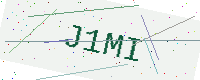
Text: J1MI